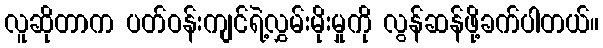
လူဆိုတာက ပတ်ဝန်းကျင်ရဲ့လွှမ်းမိုးမှုကို လွန်ဆန်ဖို့ခက်ပါတယ်။